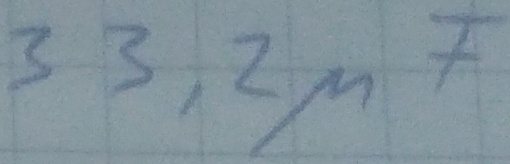
Text: 33,2µF